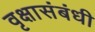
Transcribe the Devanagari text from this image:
वृक्षासंबंधी